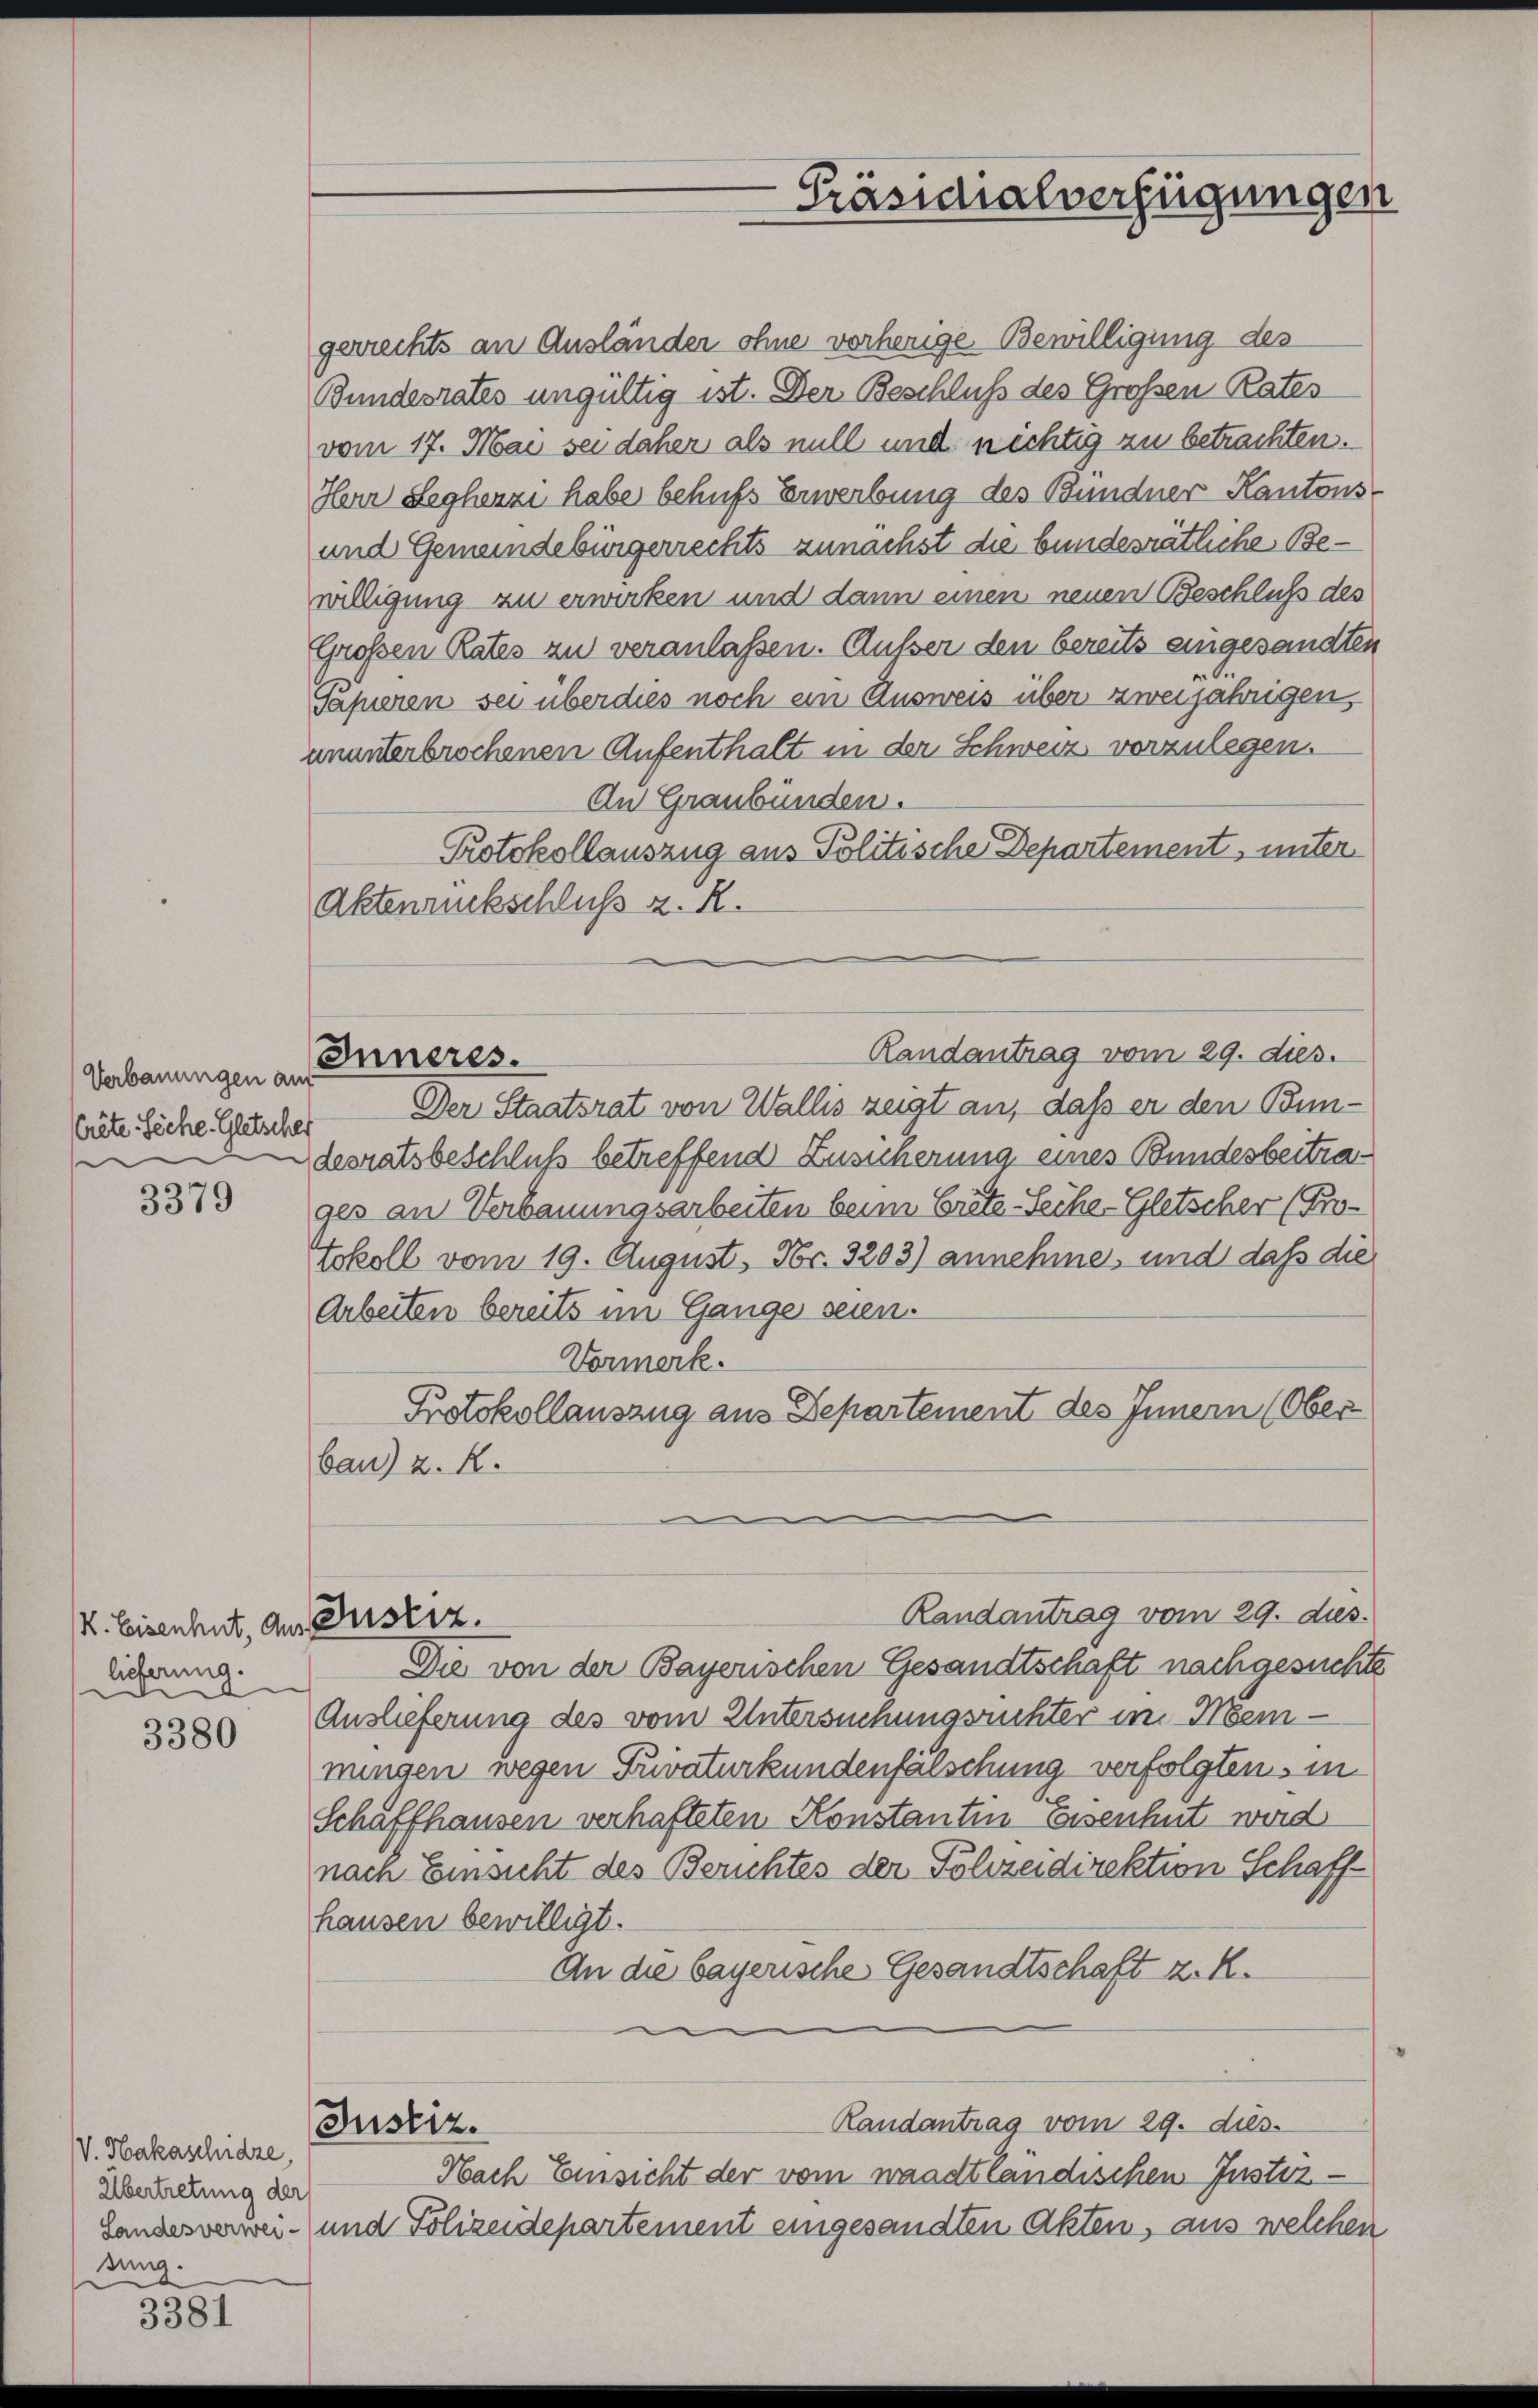
Verbauungen auf
Crite. Siche. Gletsches

3379

K. Eisenhut, der Justiz.
lieferung.

3380

V. Hakaschidze,
Übertretung der
dung.

3381

gerrechts an Ausländer ohne vorherige Bewilligung des
Bundesrates ungültig ist. Der Beschluß des Großen Rates
vom 17. Mai sei daher als null und nichtig zu betrachten.
Herr Legherzi habe behufs Erwerbung des Bündner Kantons¬
und Gemeindebürgerrechts zunächst die bundesrätliche Bewilligung zu erwirken und dann einen neuen Beschluß des
Großen Rates zu veranlassen. Außer den bereits eingesandten
Sapieren sei überdies noch ein Ausweis über zweijährigen,
ununterbrochenen Aufenthalt in der Schweiz vorzulegen.
An Graubünden.
Protokollauszug aus Politische Departement, unter
Aktenrückschluß z. R.
Randantrag vom 29. dies.
Der Staatsrat von Wallis zeigt an, daß er den Bundesratsbeschluß betreffend Zusicherung eines Bundesbeitrages an Verbauungsarbeiten beim Crête-Seihe-Gletscher (Protokoll vom 19. August, Fr. 3203) annehme, und daß die
Arbeiten bereits im Gange seien.
Vormerk.
Protokollauszug aus Departement des Innern (Ober
bau) z. R.
Randantrag vom 29. dies
Die von der Bayerischen Gesandtschaft nachgesuchte
Auslieferung des vom Untersuchungsrichter im Mein -
mungen wegen Privaturkundenfälschung verfolgten, in
Schaffhausen verhafteten Konstantin Eisenhut wird
nach Einsicht des Berichtes der Polizeidirektion Schaffhausen bewilligt.
An die bayerische Gesandtschaft z. R.
Randantrag vom 29. dies
Justiz.
Nach Einsicht der vom waadtländischen Justiz-
Landesverwei- und Polizeidepartement eingesandten Akten, aus welchen

Inneres.

Präsidialverfügungen